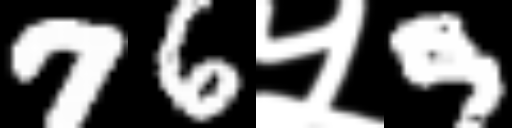
Text: 76५9